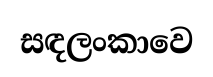
සඳලංකාවෙ